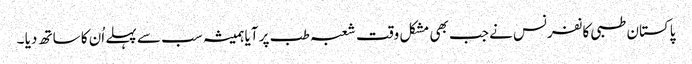
پاکستان طبی کانفرنس نے جب بھی مشکل وقت شعبہ طب پر آیا ہمیشہ سب سے پہلے اُن کا ساتھ دیا ۔